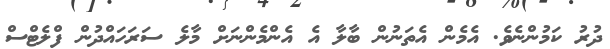
ދުރު ކަމުންނެވެ. އެމެން އެތަނުން ބާލާ އެ އެންމެންނަށް މާލެ ސަރަހައްދުން ފްލެޓްސް